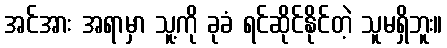
အင်အား အရာမှာ သူ့ကို ခုခံ ရင်ဆိုင်နိုင်တဲ့ သူမရှိဘူး။